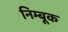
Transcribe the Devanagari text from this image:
निम्बूक